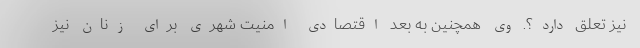
نیز تعلق دارد؟. وی همچنین به بعد اقتصادی امنیت شهری برای زنان نیز